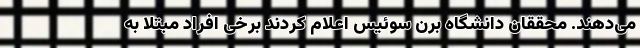
می‌دهند. محققان دانشگاه برن سوئیس اعلام کردند برخی افراد مبتلا به